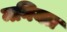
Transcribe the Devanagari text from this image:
मनियत